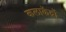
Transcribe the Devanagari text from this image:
कलाकेंद्रों